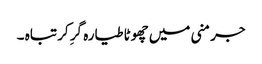
جرمنی میں چھوٹا طیارہ گرِ کر تباہ ۔